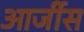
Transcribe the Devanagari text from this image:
आर्जीस